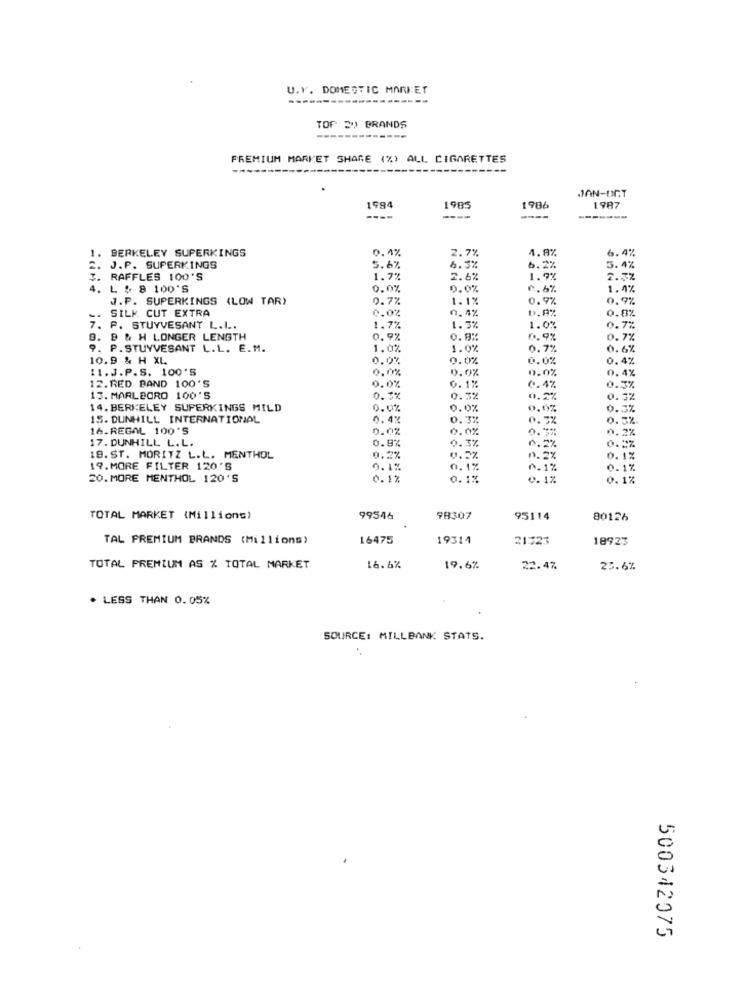
U.Y. DOMESTIC MARKET
TOP Sy BRANDS
PREMIUM MARKET SHARE (%) ALL CIGARETTES
---
JJAN-DC.T
1994
1985
1986
1987
----
1. BERKELEY SUPERKINGS
0.4%
2.7%
6.4%
4.8%
. J.P. SUPERKINGS
5.6%
6.5%
6.2%
3.4%
. RAFFLES 100'S
1.7%
2.6%
1.9%
2.3%
. L & 8 100'S
0.0%
0.0%
0.6%
1.4%
J.P. SUPERKINGS (LOW TAR)
0.7%
1.1%
0.9%
0.9%
0.0%
0.4%
5.8%
SILK CUT EXTRA
0.8%
7. P. STUYVESANT L.L ..
1.7%
1.3%
1.0%
0.7%
9. @ & H LONGER LENGTH
0.9%
0.9%
0.9%
0.7%
9. P.STUYVESANT L.L. E.M.
1.0%
1.0%
0.7%
0.6%
10.9 & H XL.
0.0%
0.0%
0.0%
0.4%
11. J. P.S. 100'S
0.0%
0.0%
0.0%
0.4%
12. RED BAND 100'S
0.0%
0. 1%
0.4%
0.3%
13. MARLBORO 100'S
0.5%
0.3%
0.2%
0.5%
14. BERKELEY SUPERKINGS MILD
0.0%
0.0%
0.0%
0.3%
15. DUNHILL INTERNATIONAL
0.4%
0.3%
0.3%
0.3%.
16.REGAL 100'S
0.0%
0.0%
0.5%
0.2%
17. DUNHILL L.L.
0.9%
0.3%
0.2%
18. ST. MORITZ L.L. MENTHOL
0.2%
0.5%
n. 2%
0.1%
19. MORE FILTER 120'S
0.1%
0.1%
0.1%
0.1%
20. MORE MENTHOL 120'S
0.1%
0.1%
0.1%
0.1%
TOTAL MARKET (Millions)
99546
98307
95114
80126
TAL PREMIUM BRANDS (Millions)
16475
19314
21523
18923
TOTAL PREMIUM AS % TOTAL MARKET
16.6%
19.6%
22.4%
25.6%
. LESS THAN 0.05%
SOURCE: MILLBANK STATS.
500342075